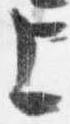
上